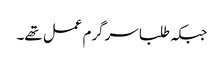
جبکہ طلبا سرگرم عمل تھے۔